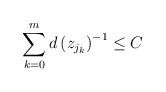
LaTeX: \begin{align*}\sum_{k=0}^{m}d\left( z_{j_{k}}\right) ^{-1}\leq C \end{align*}